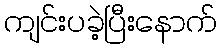
ကျင်းပခဲ့ပြီးနောက်